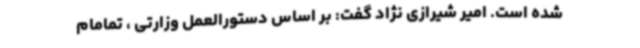
شده است. امیر شیرازی نژاد گفت: بر اساس دستورالعمل وزارتی ، تمامام